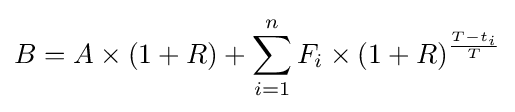
B=A\times (1+R)+\sum _{i=1}^{n}F_{i}\times (1+R)^{\frac {T-t_{i}}{T}}